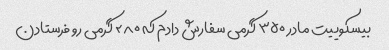
بیسکوییت مادر ۳۵۰ گرمی سفارش دادم که ۲۸۰ گرمی رو فرستادن